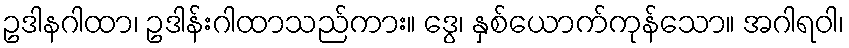
ဥဒါနဂါထာ၊ ဥဒါန်းဂါထာသည်ကား။ ဒွေ၊ နှစ်ယောက်ကုန်သော။ အဂါရဝါ၊